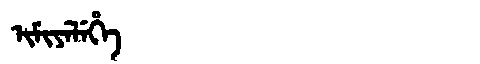
Manchu: ᡳᠮᡳᠶᡝᠯᡝᡥᡝ
Romanization: IMIYELEHE